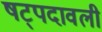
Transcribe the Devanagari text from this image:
षट्पदावली